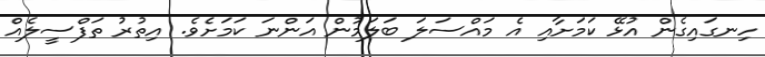
ހިނގައިގެން އުޅޭ ކަމަށާއި އެ މައްސަލަ ބަލަމުން އަންނަ ކަމަށެވެ. އިތުރު ތަފްސީލެއް